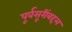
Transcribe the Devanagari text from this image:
पूर्वसूरींबद्दल